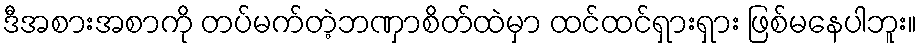
ဒီအစားအစာကို တပ်မက်တဲ့ဘဏှာစိတ်ထဲမှာ ထင်ထင်ရှားရှား ဖြစ်မနေပါဘူး။